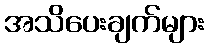
အသိပေးချက်များ